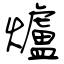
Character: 爐